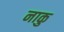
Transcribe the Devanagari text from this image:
नाकु